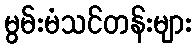
မွမ်းမံသင်တန်းများ